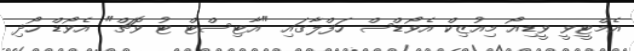
އެމްޓީވީ ވީޑިއޯ މިއުޒިކް އެވޯޑްސް ހަފްލާގައި "އާޓިސްޓް ޓު ވޮޗް" އެވޯޑް ހޯދި